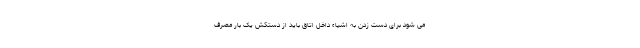
می شود برای دست زدن به اشیاء داخل اتاق باید از دستکش یک بار مصرف